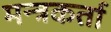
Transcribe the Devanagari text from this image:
मन्त्रकर्ता